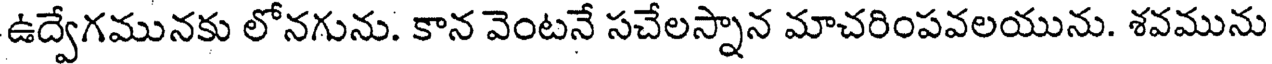
ఉద్వేగమునకు లోనగును. కాన వెంటనే సచేలస్నాన మాచరింపవలయును. శవమును